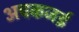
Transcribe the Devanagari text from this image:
अचकजई